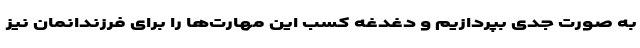
به صورت جدی بپردازیم و دغدغه کسب این مهارت‌ها را برای فرزندانمان نیز